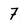
Character: 7